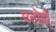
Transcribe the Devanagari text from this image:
परोडी